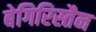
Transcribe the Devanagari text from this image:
बेगिरिस्तैन